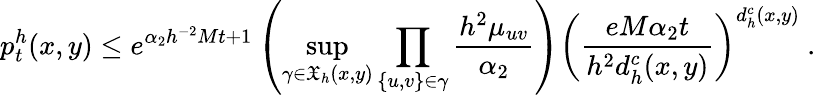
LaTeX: p_{t}^{h}(x,y)\leq e^{\alpha_{2}h^{-2}Mt+1}\left(\operatorname*{sup}_{\gamma\in\mathfrak{X}_{h}(x,y)}\prod_{\{ u,v\} \in\gamma}\frac{h^{2}\mu_{uv}}{\alpha_{2}}\right)\left(\frac{eM\alpha_{2}t}{h^{2}d_{h}^{c}(x,y)}\right)^{d_{h}^{c}(x,y)}\ .